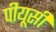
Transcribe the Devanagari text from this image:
पीयूसी